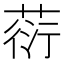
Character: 葕